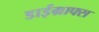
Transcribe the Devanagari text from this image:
डाईग्राफ्स